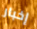
إخبار